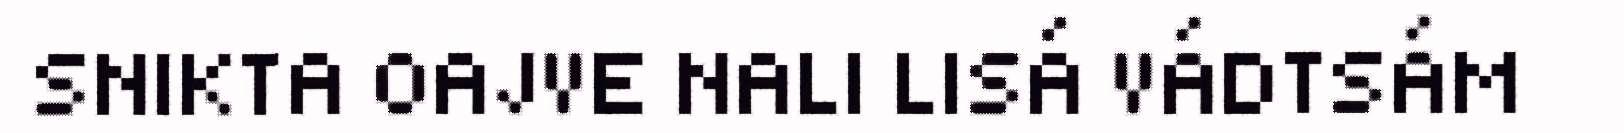
SNIKTA OAJVE NALI LISÁ VÁDTSÁM